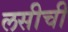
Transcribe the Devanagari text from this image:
लसीची